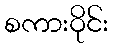
စကားဝိုင်း